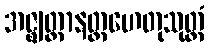
အဇ္ဈတ္တာနတ္တဟေတုသုတ္တံ